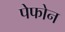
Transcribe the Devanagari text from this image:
पेफोन